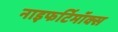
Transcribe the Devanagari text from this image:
नाइफर्टिमॉक्स